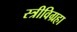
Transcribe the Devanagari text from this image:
स्त्रीविग्रहा